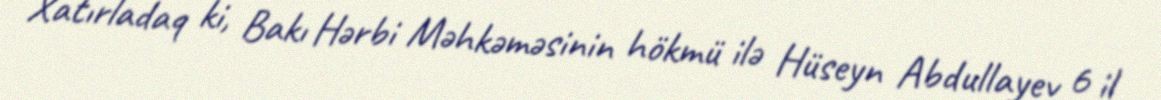
Xatırladaq ki, Bakı Hərbi Məhkəməsinin hökmü ilə Hüseyn Abdullayev 6 il